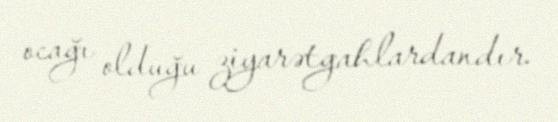
ocağı olduğu ziyarətgahlardandır.